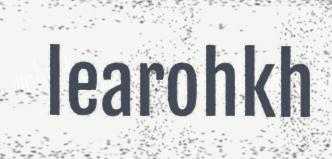
learohkh